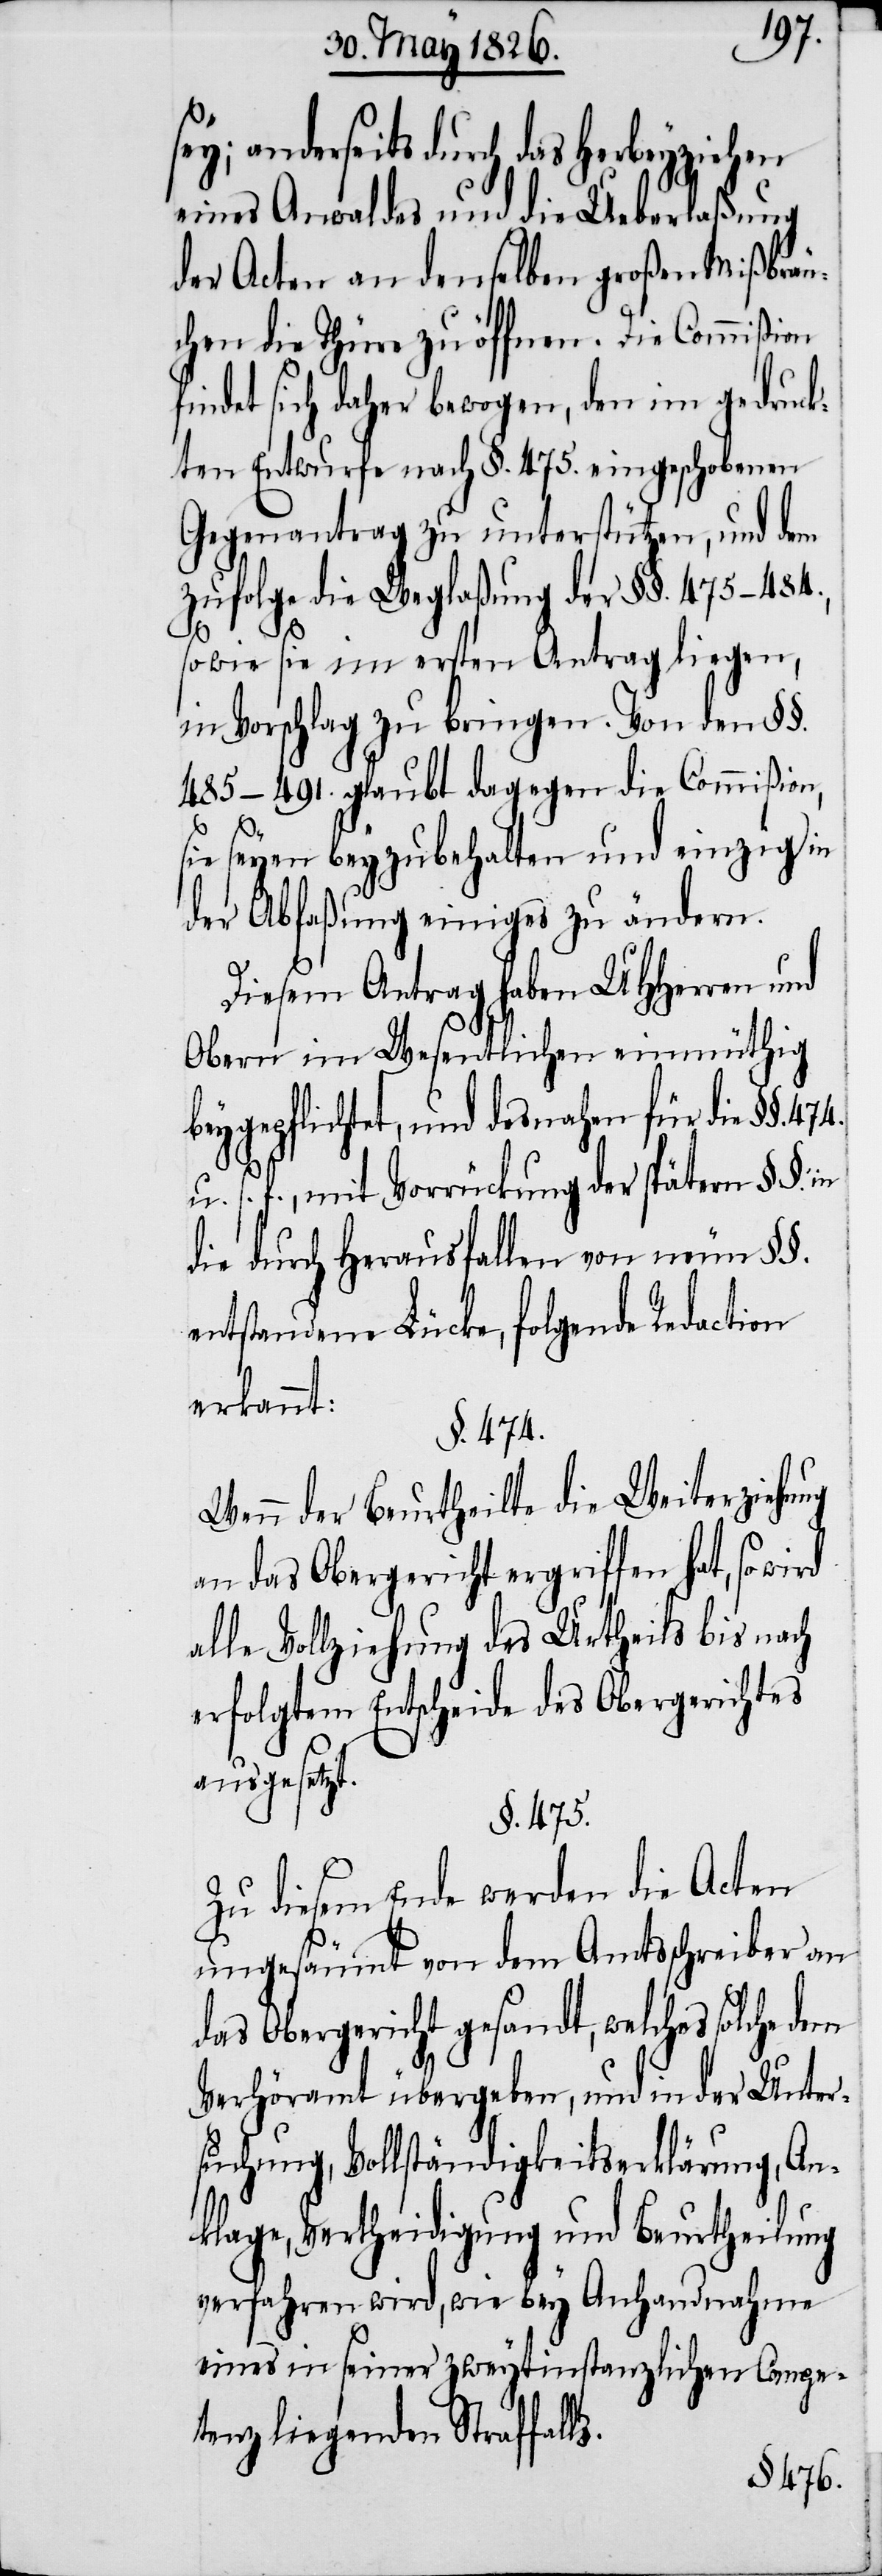
474.
sey; anderseits durch das Herbeyziehen
eines Anwaldes und die Ueberlaßung
der Acten an denselben großen Mißbräu¬
chen die Thüre zu öffnen. Die Commißion
findet sich daher bewogen, den im gedruck¬
ten Entwurfe nach §. 475. eingeschobenen
Gegenantrag zu unterstützen, und dem
zufolge die Weglaßung der §§. 475–484.,
so wie sie im ersten Antrag liegen,
in Vorschlag zu bringen. Von den §§.
485–491. glaubt dagegen die Commißion,
sie seyen beyzubehalten und einzig in
der Abfaßung einiges zu ändern.
Diesem Antrag haben UHHerren und
Obern im Wesentlichen einmüthig
beygepflichtet, und desnahen für die §§.
u. s. f., mit Vorrückung der spätern §§. in
die durch Herausfallen von neun §§.
entstandene Lücke, folgende Redaction
erkannt:
§. 474.
Wenn der Beurtheilte die Weiterziehung
an das Obergericht ergriffen hat, so
alle Vollziehung des Urtheils bis nach
erfolgtem Entscheide des Obergerichtes
ausgesetzt.
§. 475.
Zu diesem Ende werden die Acten
ungesäumt von dem Amtsschreiber an
das Obergericht gesandt, welches solche dem
Verhöramt übergeben, und in der Unter¬
suchung, Vollständigkeitserklärung, An¬
klage, Vertheidigung und Beurtheilung
verfahren wird, wie bey Anhandnahme
eines in seiner zweytinstanzlichen Compe¬
tenz liegenden Straffalls.